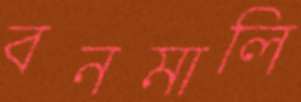
বনমালি